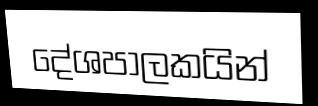
දේශපාලකයින්